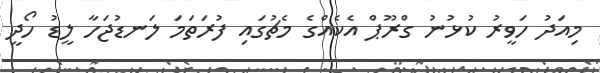
މިއަދު ހަވީރު ކުޅުނު ގްރޫޕް އެކެއްގެ މެޗުގައި ފުރަތަމަ ލަނޑުޖަހާ ލީޑު ހޯދީ